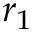
r _ { 1 }